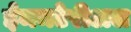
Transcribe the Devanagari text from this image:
ईममटेरीअल